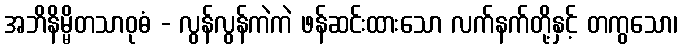
အဘိနိမ္မိတသာဝုဓံ - လွန်လွန်ကဲကဲ ဖန်ဆင်းထားသော လက်နက်တို့နှင့် တကွသော၊